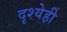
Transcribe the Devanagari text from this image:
दृश्येही